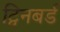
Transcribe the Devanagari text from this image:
ट्विनबर्ड